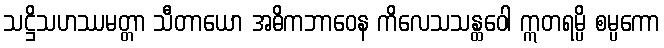
သဋ္ဌိသဟဿမတ္တာ သီတာယော အဓိကဘာဝေန ကိလေသသန္ထဝေါ ဣတရမ္ပိ စမ္ပကော